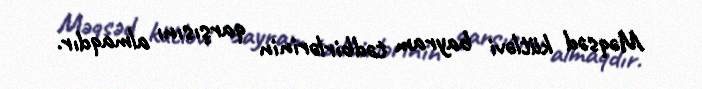
Məqsəd kütləvi bayram tədbirlərinin qarşısını almaqdır.